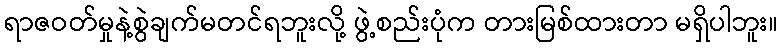
ရာဇဝတ်မှုနဲ့စွဲချက်မတင်ရဘူးလို့ ဖွဲ့စည်းပုံက တားမြစ်ထားတာ မရှိပါဘူး။